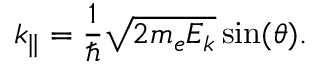
k _ { \parallel } = \frac { 1 } { \hbar } \sqrt { 2 m _ { e } E _ { k } } \sin ( \theta ) .